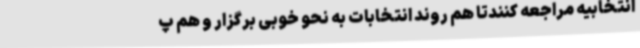
انتخابیه مراجعه کنندتا هم روند انتخابات به نحو خوبی برگزار و هم پ